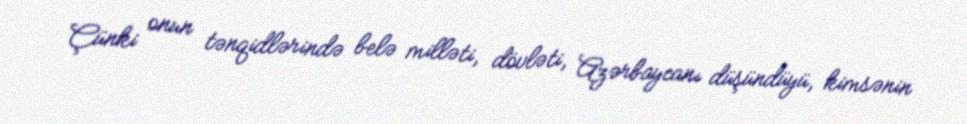
Çünki onun tənqidlərində belə milləti, dövləti, Azərbaycanı düşündüyü, kimsənin